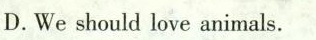
D.We should love animals.